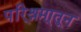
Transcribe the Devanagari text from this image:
परि्श्रमा्तून